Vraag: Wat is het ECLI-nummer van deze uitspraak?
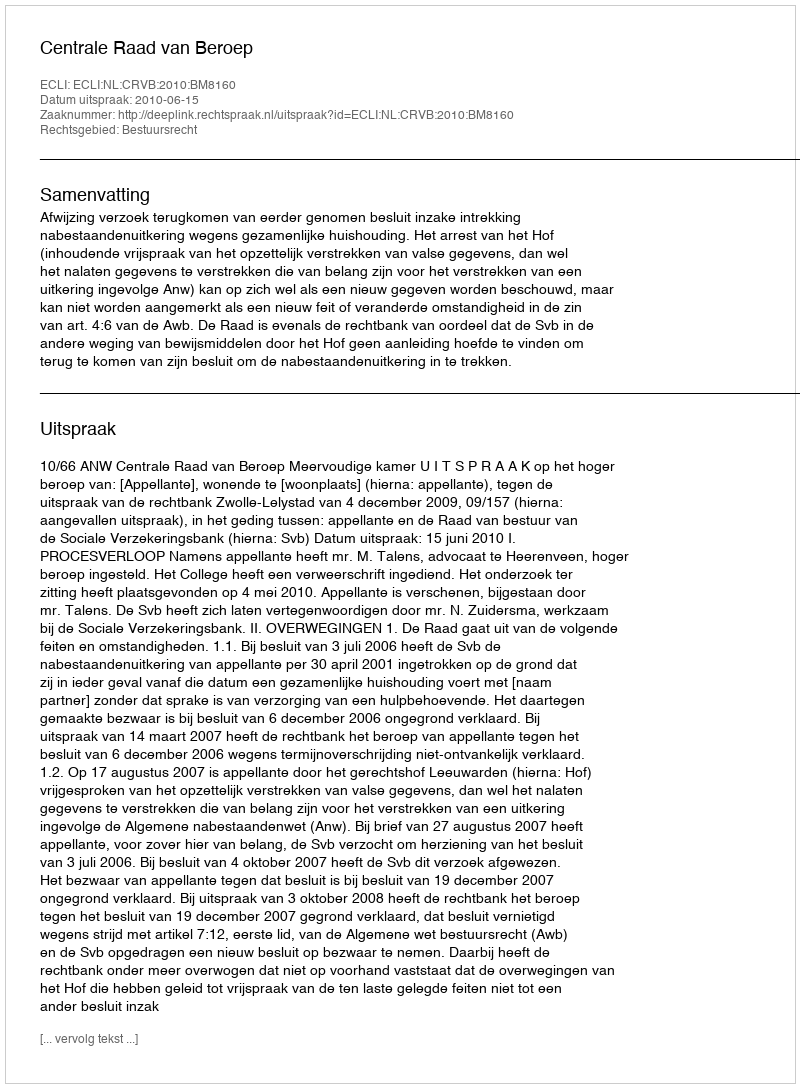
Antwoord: ECLI:NL:CRVB:2010:BM8160